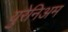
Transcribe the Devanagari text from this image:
युरेनिअम